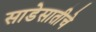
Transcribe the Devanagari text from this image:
साडेसातीचे